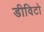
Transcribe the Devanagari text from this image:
डीविटो